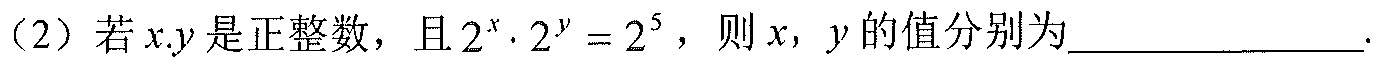
（2）若\(x,y\)是正整数，且\(2^{x}\cdot2^{y}=2^{5}\)，则\(x\)，\(y\)的值分别为\(\underline{\quad\quad}\).